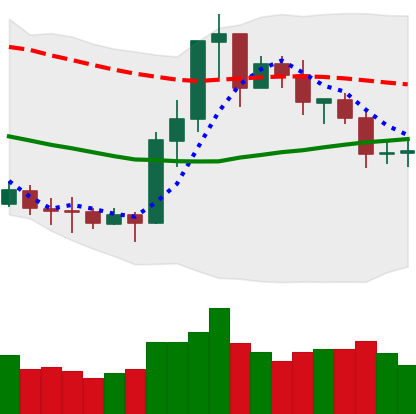
Ticker: ETC-USD
Chart end date: 2020-07-18
Forward return: 6.306%
Label: up_5_7